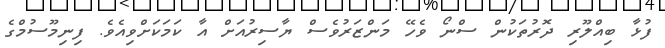
ފުޅާ ބިއްލޫރި ދޮރުތަކުން ސްނޯ ވެހޭ މަންޒަރުވެސް ޔާސިރުއަށް އާ ކަމަކަށްވިއެވެ. ފިނިމޫސުމްގެ